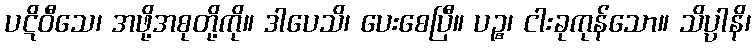
ပဋိဝီသေ၊ အဖို့အစုတို့ကို။ ဒါပေသိ၊ ပေးစေပြီ။ ပဉ္စ၊ ငါးခုကုန်သော။ သိပ္ပါနိ၊